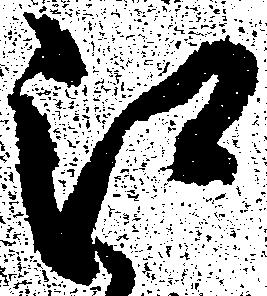
江